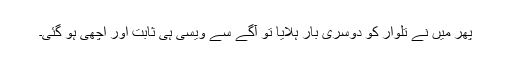
پھر میں نے تلوار کو دوسری بار ہلایا تو آگے سے ویسی ہی ثابت اور اچھی ہو گئی۔